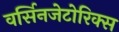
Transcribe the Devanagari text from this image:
वर्सिनजेटोरिक्स